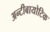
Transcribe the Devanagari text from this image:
अन्टीबायोटिक